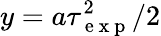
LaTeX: y=a\tau_{\mathrm{~e~x~p~}}^{2}/2